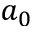
a _ { 0 }